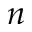
n